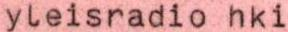
yleisradio hki